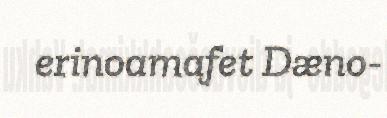
erinoamafet Dæno-